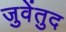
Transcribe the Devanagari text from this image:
जुवेंतुद